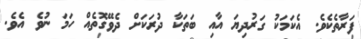
ފަރާތެކެވެ. އެކަމަކު ގަރުދިޔަ އާއި ބަތަކާ ދުރަކަށް ދެވޭގޮތެއް ހަމަ ނުވެ އެވެ.